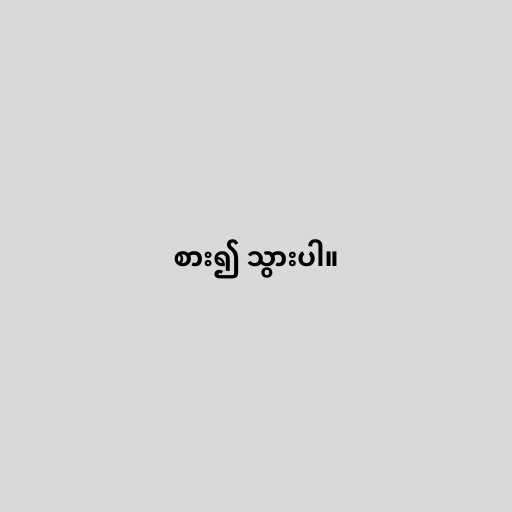
စား၍ သွားပါ။